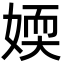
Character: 媆